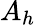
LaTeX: A_{h}